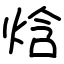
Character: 焓